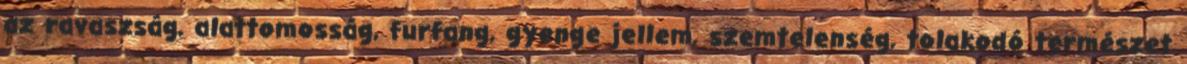
az ravaszság, alattomosság, furfang, gyenge jellem, szemtelenség, tolakodó természet